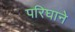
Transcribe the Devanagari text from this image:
परिघाने